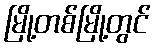
မြို့တစ်မြို့တွင်